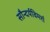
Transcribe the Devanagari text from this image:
सौन्दर्यविमर्श